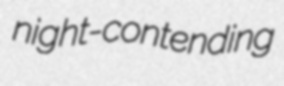
night-contending